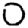
Digit: 0